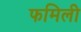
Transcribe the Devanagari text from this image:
फमिली